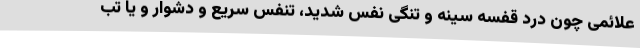
علائمی چون درد قفسه سینه و تنگی نفس شدید، تنفس سریع و دشوار و یا تب